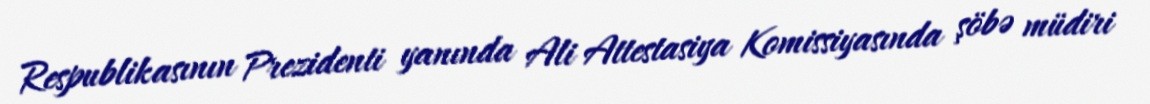
Respublikasının Prezidenti yanında Ali Attestasiya Komissiyasında şöbə müdiri